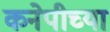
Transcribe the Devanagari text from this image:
कनेपीच्या